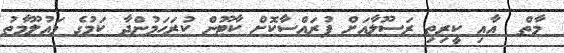
މާތް  އާއި ކީރިތި ރަސޫލާއަށް ފުރައްސާކޮށް ކާޓޫން ކުރަހަމުންދާ ކަމުގެ މައުލޫމާތު